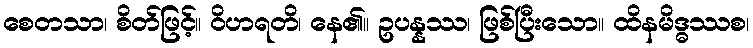
စေတသာ၊ စိတ်ဖြင့်။ ဝိဟရတိ၊ နေ၏။ ဥပန္နဿ၊ ဖြစ်ပြီးသော။ ထိနမိဒ္ဓဿစ၊